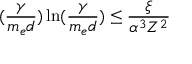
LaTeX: ( \frac { \gamma } { m _ { e } d } ) \ln ( \frac { \gamma } { m _ { e } d } ) \leq \frac { \xi } { \alpha ^ { 3 } Z ^ { 2 } }